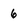
Character: 6